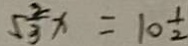
5 \frac { 2 } { 3 } x = 1 0 \frac { 1 } { 2 }